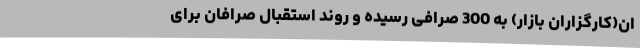
ان(کارگزاران بازار) به 300 صرافی رسیده و روند استقبال صرافان برای